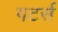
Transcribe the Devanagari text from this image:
गटर्स